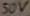
Text: 50V